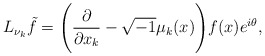
\begin{align*}L_{\nu_k}\tilde{f} = \Bigg( \frac{\partial}{\partial x_k} - \sqrt{-1} \mu_k(x) \Bigg) f(x)e^{i\theta},\end{align*}